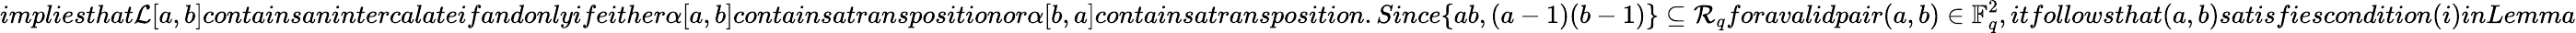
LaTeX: impliesthat\mathcal{L}[a,b]containsanintercalateifandonlyifeither\alpha[a,b]containsatranspositionor\alpha[b,a]containsatransposition.Since\{ ab,(a-1)(b-1)\} \subseteq\mathcal{R}_{q}foravalidpair(a,b)\in\mathbb{F}_{q}^{2},itfollowsthat(a,b)satisfiescondition(i)inLemma